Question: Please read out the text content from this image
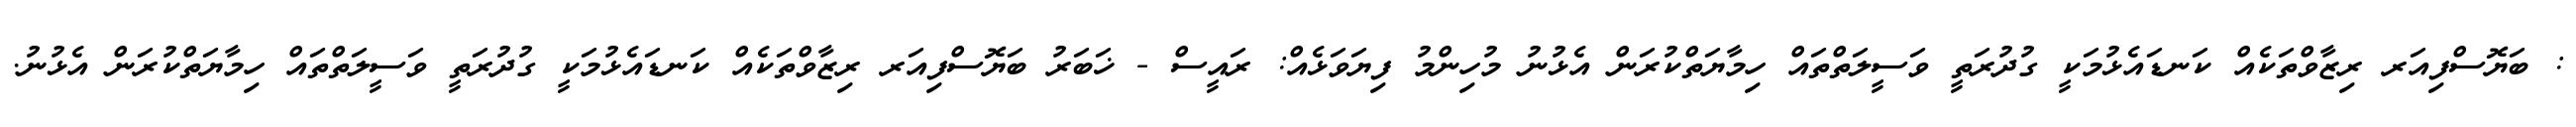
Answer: : ބަޔޮސްފިއަރ ރިޒާވްތަކެއް ކަނޑައެޅުމަކީ ގުދުރަތީ ވަސީލަތްތައް ހިމާޔަތްކުރަން އެޅުނު މުހިންމު ފިޔަވަޅެއް: ރައީސް - ޚަބަރު ބަޔޮސްފިއަރ ރިޒާވްތަކެއް ކަނޑައެޅުމަކީ ގުދުރަތީ ވަސީލަތްތައް ހިމާޔަތްކުރަން އެޅުނު.